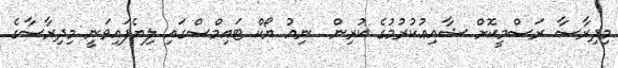
މިދިރާސާ ރަސްމީކޮށް ޝާއިޢުކުރުމުގެ ކުރިން  ނިއު ޔޯކް ޓައިމްސްގައި ލިޔެފައިވަނީ މިދިރާސާގެ